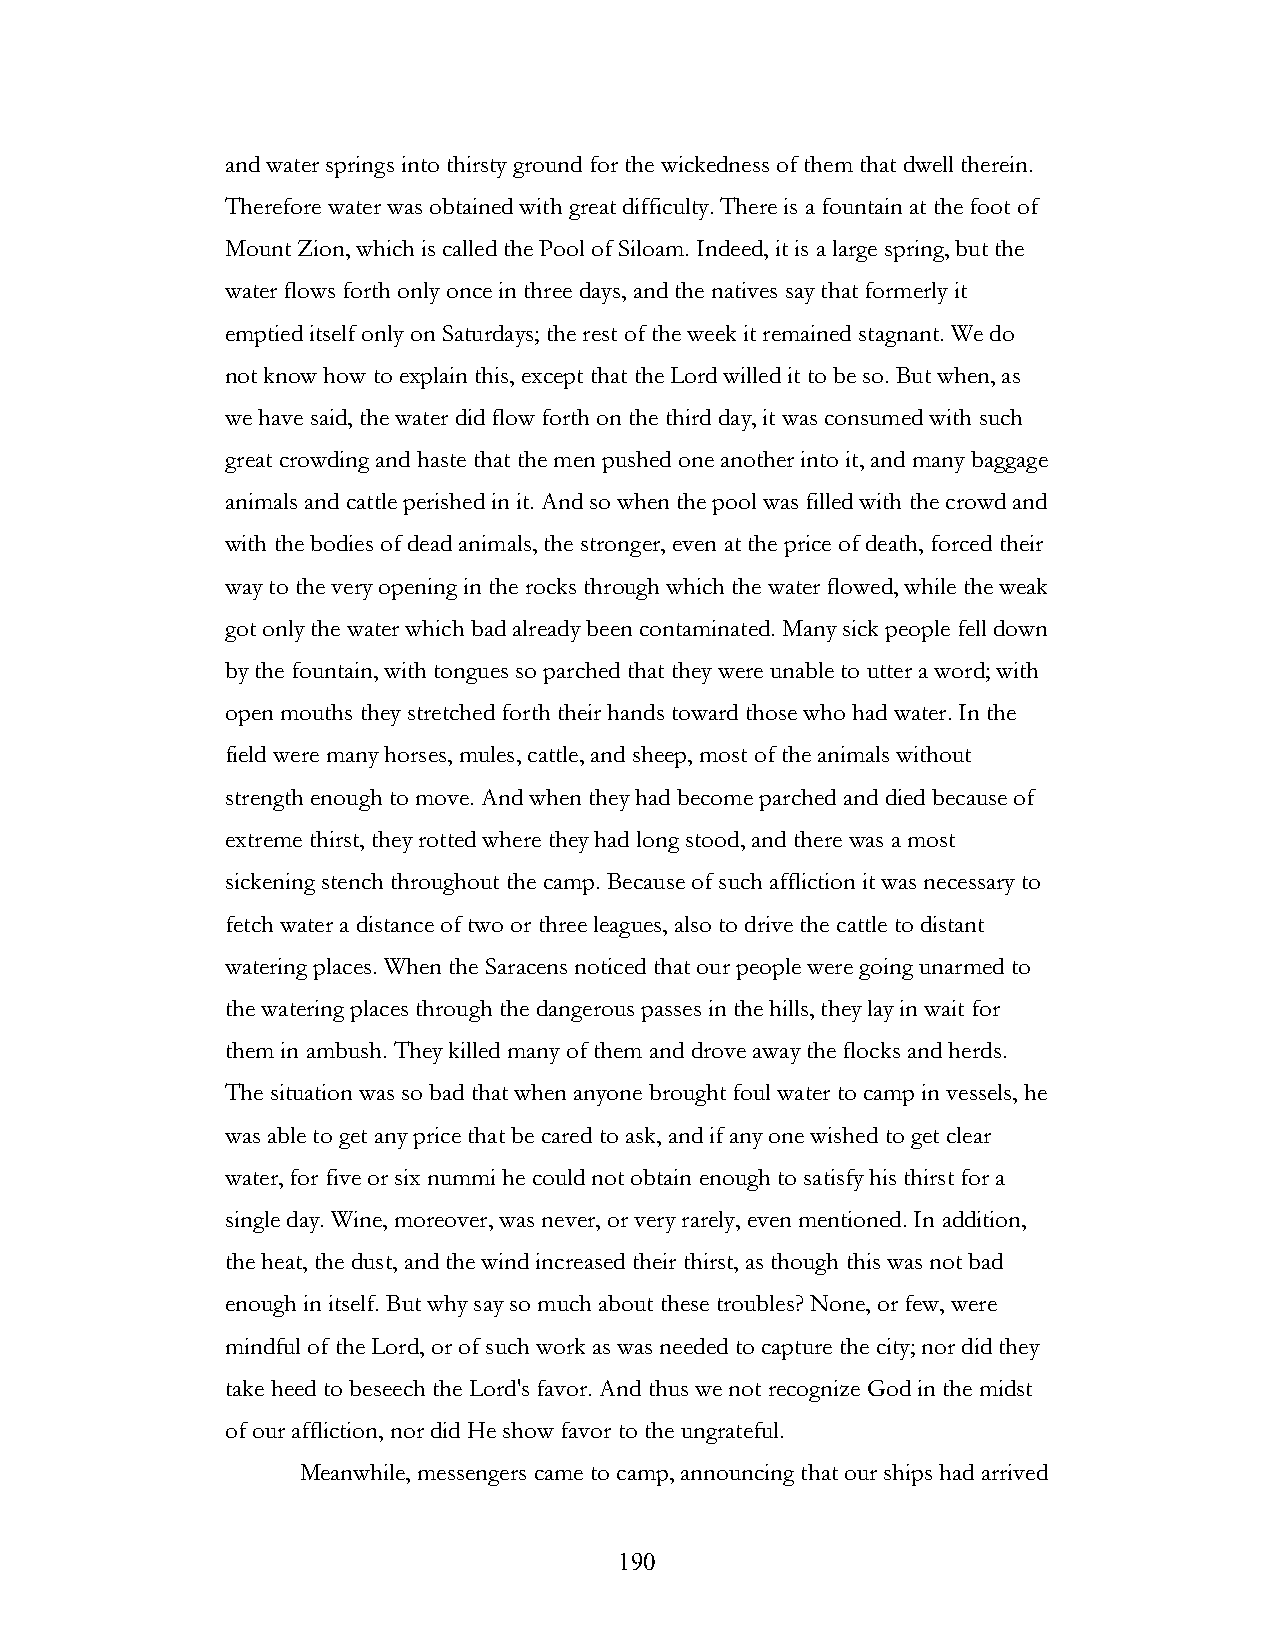
and water springs into thirsty ground for the wickedness of them that dwell therein.
 Therefore water was obtained with great difficulty. There is a fountain at the foot of
 Mount Zion, which is called the Pool of Siloam. Indeed, it is a large spring, but the
 water flows forth only once in three days, and the natives say that formerly it
 emptied itself only on Saturdays; the rest of the week it remained stagnant. We do
 not know how to explain this, except that the Lord willed it to be so. But when, as
 we have said, the water did flow forth on the third day, it was consumed with such
 great crowding and haste that the men pushed one another into it, and many baggage
 animals and cattle perished in it. And so when the pool was filled with the crowd and
 with the bodies of dead animals, the stronger, even at the price of death, forced their
 way to the very opening in the rocks through which the water flowed, while the weak
 got only the water which bad already been contaminated. Many sick people fell down
 by the fountain, with tongues so parched that they were unable to utter a word; with
 open mouths they stretched forth their hands toward those who had water. In the
 field were many horses, mules, cattle, and sheep, most of the animals without
 strength enough to move. And when they had become parched and died because of
 extreme thirst, they rotted where they had long stood, and there was a most
 sickening stench throughout the camp. Because of such affliction it was necessary to
 fetch water a distance of two or three leagues, also to drive the cattle to distant
 watering places. When the Saracens noticed that our people were going unarmed to
 the watering places through the dangerous passes in the hills, they lay in wait for
 them in ambush. They killed many of them and drove away the flocks and herds.
 The situation was so bad that when anyone brought foul water to camp in vessels, he
 was able to get any price that be cared to ask, and if any one wished to get clear
 water, for five or six nummi he could not obtain enough to satisfy his thirst for a
 single day. Wine, moreover, was never, or very rarely, even mentioned. In addition,
 the heat, the dust, and the wind increased their thirst, as though this was not bad
 enough in itself. But why say so much about these troubles? None, or few, were
 mindful of the Lord, or of such work as was needed to capture the city; nor did they
 take heed to beseech the Lord's favor. And thus we not recognize God in the midst
 of our affliction, nor did He show favor to the ungrateful.
 Meanwhile, messengers came to camp, announcing that our ships had arrived
 !                         190